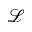
\mathcal { L }